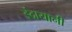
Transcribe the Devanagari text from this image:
इंद्रायानी